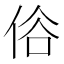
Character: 𠈻